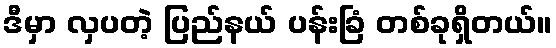
ဒီမှာ လှပတဲ့ ပြည်နယ် ပန်းခြံ တစ်ခုရှိတယ်။